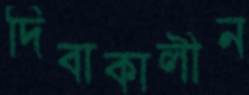
দিবাকালীন